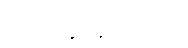
ပြည်သူလူထုအား